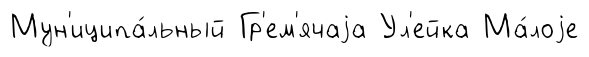
Мун'иципа́льный Гр'ем'ячаjа Ул'ейка Ма́лоjе